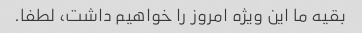
بقیه ما این ویژه امروز را خواهیم داشت، لطفا.